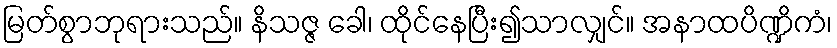
မြတ်စွာဘုရားသည်။ နိသဇ္ဇ ခေါ၊ ထိုင်နေပြီး၍သာလျှင်။ အနာထပိဏ္ဍိကံ၊